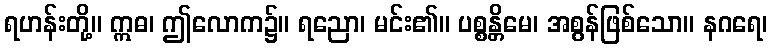
ရဟန်းတို့။ ဣဓ၊ ဤလောက၌။ ရညော၊ မင်း၏။ ပစ္စန္တိမေ၊ အစွန်ဖြစ်သော။ နဂရေ၊